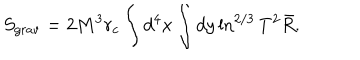
S _ { \mathrm { g r a v } } = 2 M ^ { 3 } r _ { c } \int d ^ { 4 } x \int d y \ln ^ { 2 / 3 } T ^ { 2 } \bar { R } .